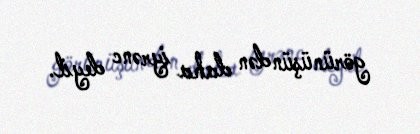
görünüşündən daha iyrənc deyil.